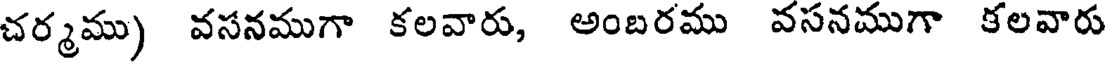
చర్మము) వసనముగా కలవారు, అంబరము వసనముగా కలవారు